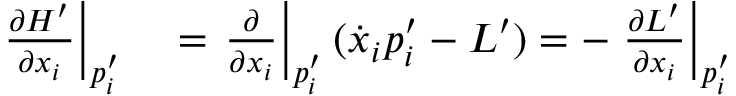
\begin{array} { r l } { \left. { \frac { \partial H ^ { \prime } } { \partial { x _ { i } } } } \right| _ { p _ { i } ^ { \prime } } } & { { } = \left. { \frac { \partial } { \partial { x _ { i } } } } \right| _ { p _ { i } ^ { \prime } } ( { \dot { x } } _ { i } p _ { i } ^ { \prime } - L ^ { \prime } ) = - \left. { \frac { \partial L ^ { \prime } } { \partial { x _ { i } } } } \right| _ { p _ { i } ^ { \prime } } } \end{array}